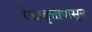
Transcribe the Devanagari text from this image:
रेखावृत्तापासून